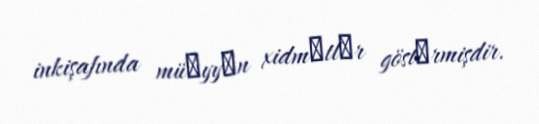
inkişafında müәyyәn xidmәtlәr göstәrmişdir.